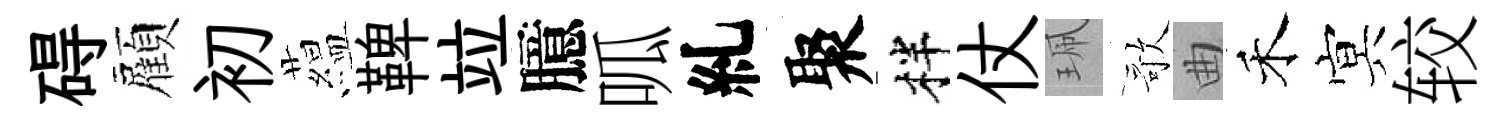
碍顏初藴鞞竝臆呱糺聚柈仗珮歌曲禾㝠较